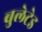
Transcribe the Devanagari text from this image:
बुलेटेड